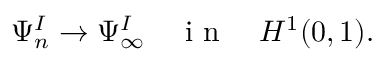
\begin{array} { r } { \Psi _ { n } ^ { I } \to \Psi _ { \infty } ^ { I } \quad \mathrm { ~ i ~ n ~ } \quad H ^ { 1 } ( 0 , 1 ) . } \end{array}